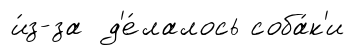
и́з-за д'е́лалось соба́к'и